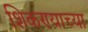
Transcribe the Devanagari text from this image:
शिकण्याच्‍या